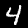
Digit: 4